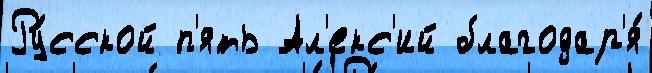
Ру́сской п'ять Ал'екс'ий благодар'я́